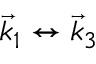
\vec { k } _ { 1 } \leftrightarrow \vec { k } _ { 3 }